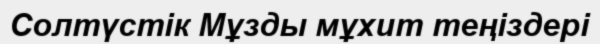
Солтүстік Мұзды мұхит теңіздері